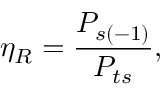
\eta _ { R } = \frac { P _ { s ( - 1 ) } } { P _ { t s } } ,